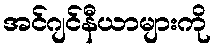
အင်ဂျင်နီယာများကို